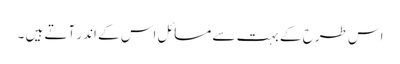
اس طرح کے بہت سے مسائل اس کے اندر آتے ہیں ۔